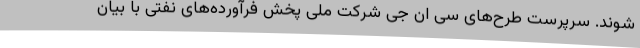
شوند. سرپرست طرح‌های سی ان جی شرکت ملی پخش فرآورده‌های نفتی با بیان